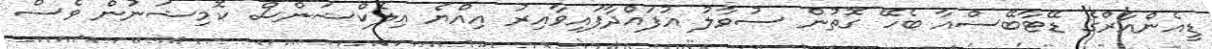
ޑީއެންއާރްގެ ޑޭޓާބޭސްއާ ބެހޭ ގޮތުން ސުވާލު އުފައްދާފައިވާއިރު އިއްޔެ އިލެކްޝަންސް ކޮމިޝަނުން ވެސް